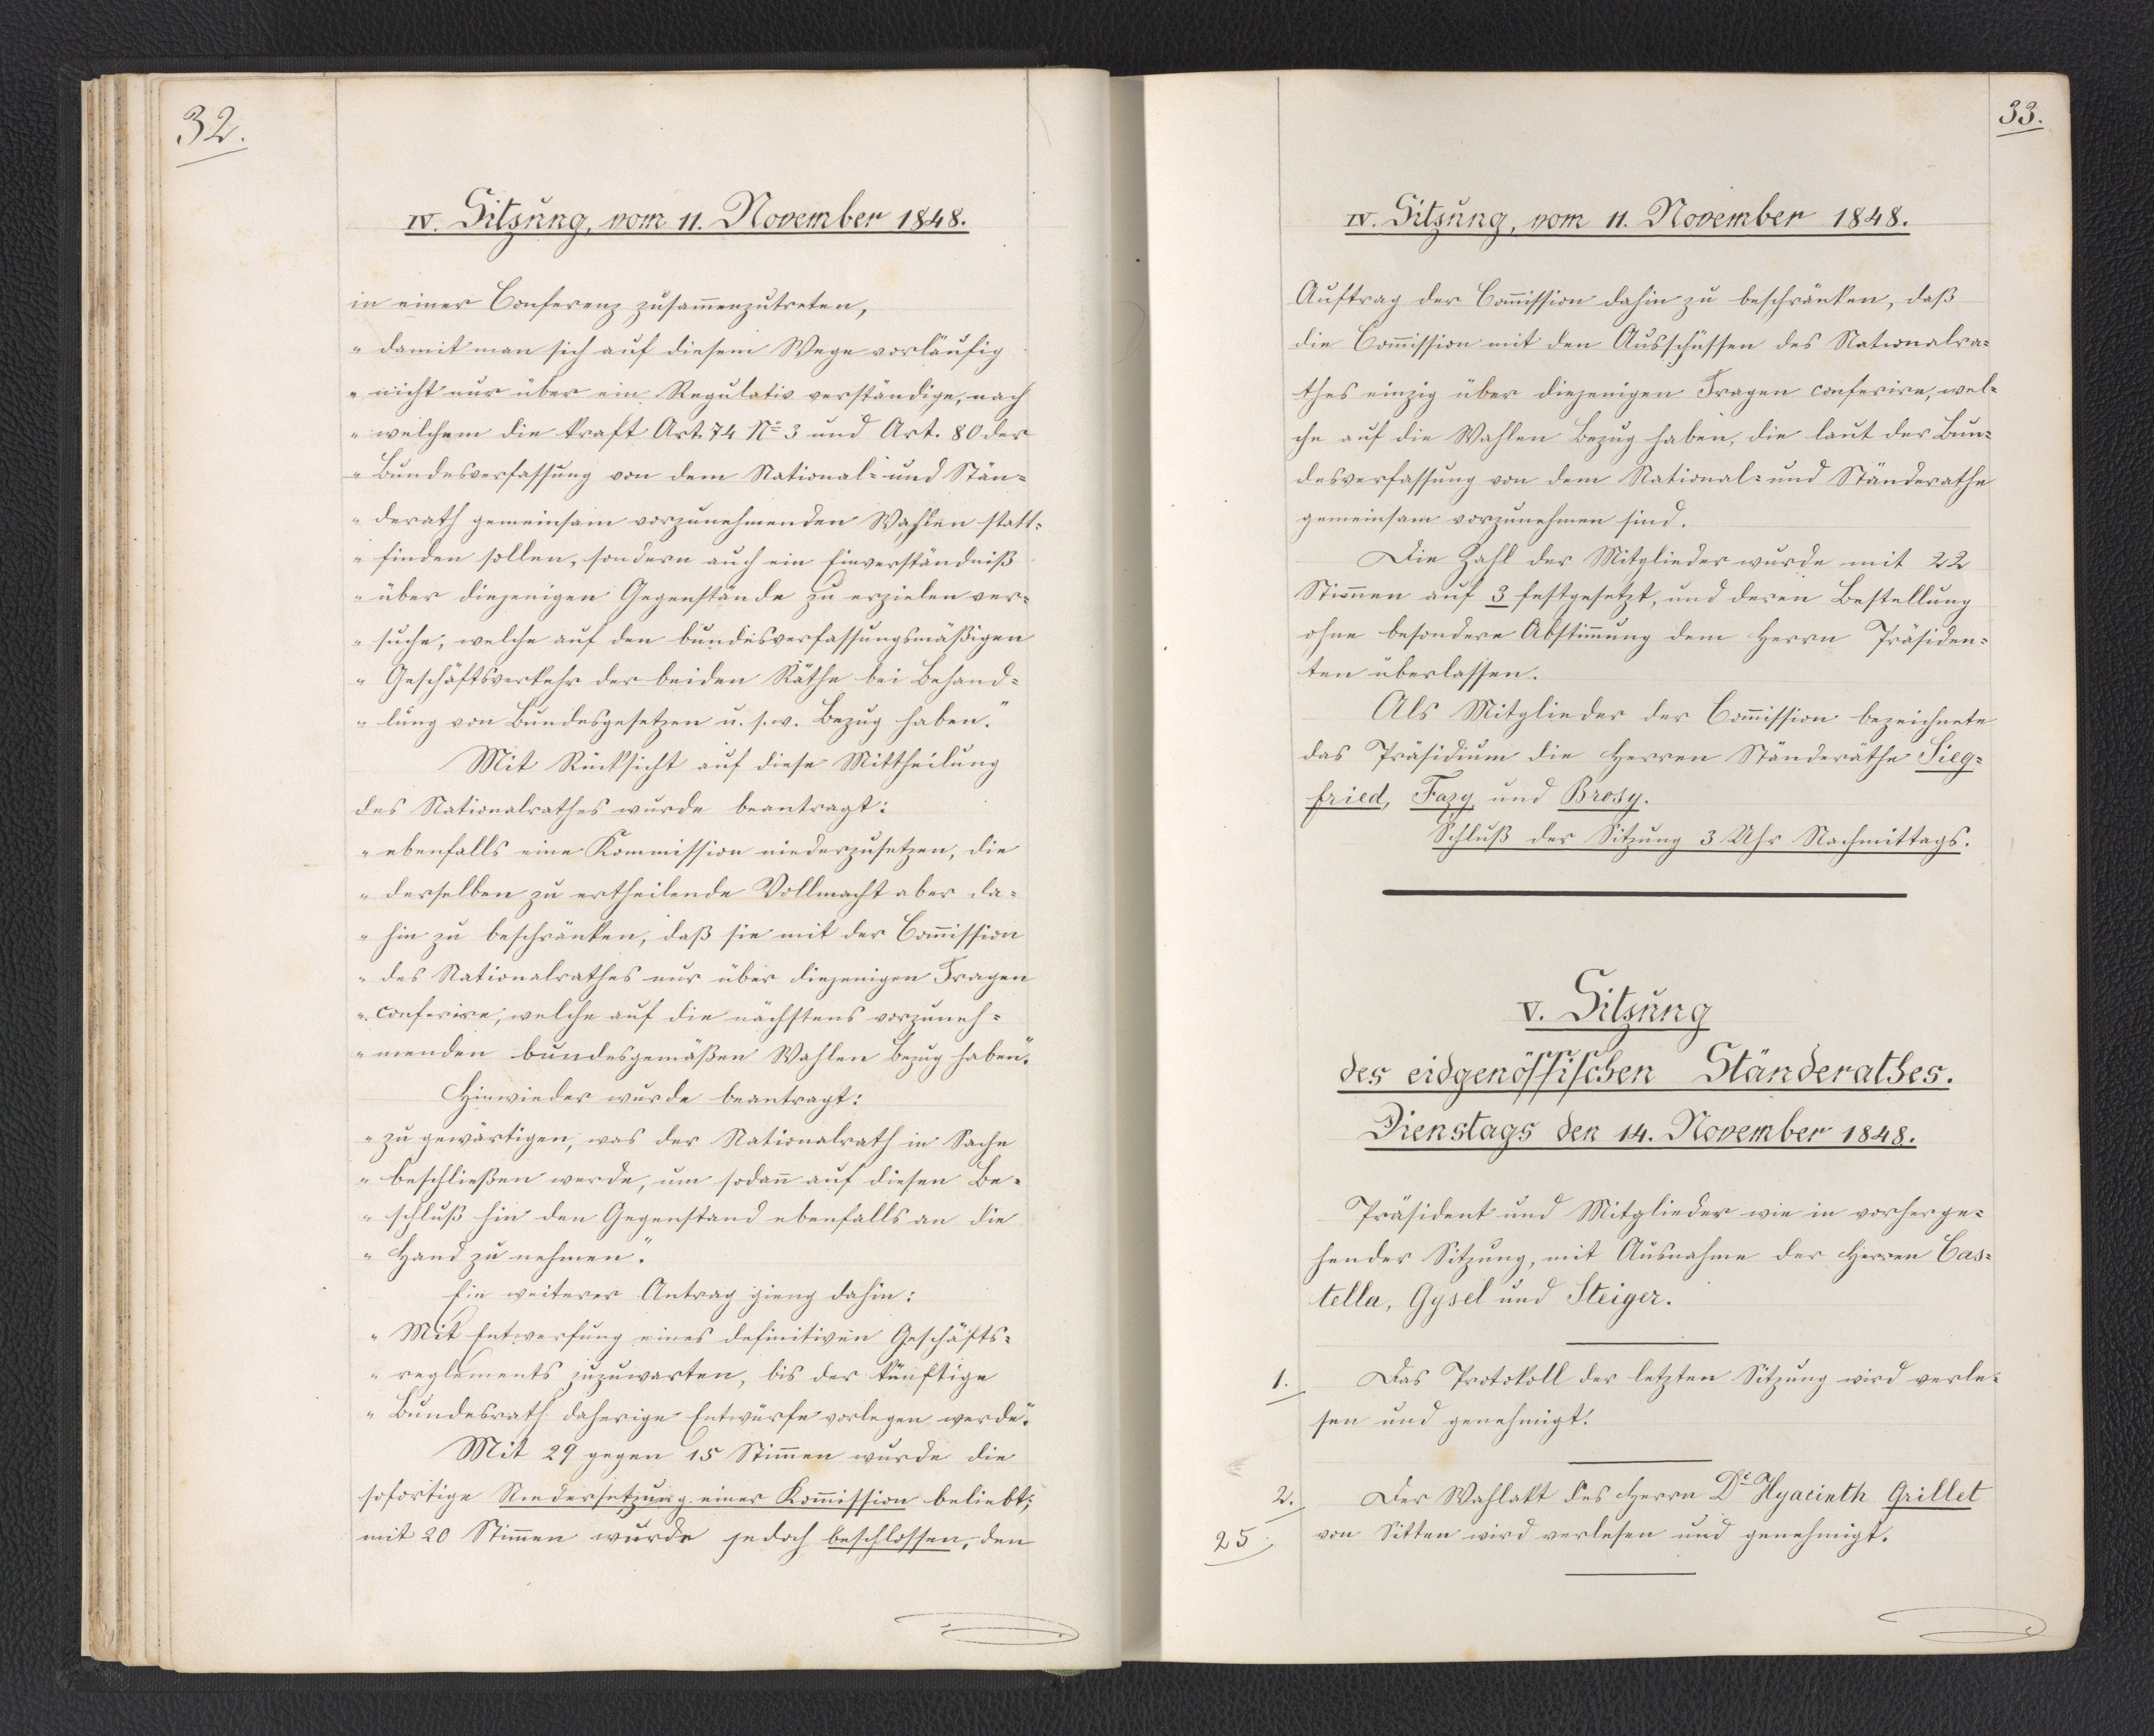
32.

IV. Sitzung, vom 11. November 1848.

in einer Conferenz zusammenzutreten,
"damit man sich auf diesem Wege vorläufig
nicht nur über ein Regulativ verständige, nach
welchem die Kraft Art. 74 No 3 und Art. 80 der
Bundesverfassung von dem National- und Stän¬
derath gemeinsam vorzunehmenden Wahlen statt¬
finden sollen, sondern auch ein Einverständniß
über diejenigen Gegenstände zu erzielen ver¬
suche, welche auf den bundesverfassungsmäßigen
Geschäftsverkehr der beiden Räthe bei Behand¬
lung von Bundesgesetzen u. s. w. Bezug haben."
Mit Rücksicht auf diese Mittheilung
des Nationalrathes wurde beantragt:
"ebenfalls eine Kommission niederzusetzen, die
derselben zu ertheilende Vollmacht aber da¬
hin zu beschränken, daß sie mit der Commission
des Nationalrathes nur über diejenigen Fragen
conferire, welche auf die nächstens vorzuneh¬
menden bundesgemäßen Wahlen Bezug haben."
Hinwieder wurde beantragt:
"zu gewärtigen, was der Nationalrath in Sache
beschließen werde, um sodann auf diesen Be¬
schluß hin den Gegenstand ebenfalls an die
Hand zu nehmen."
Ein weiterer Antrag gieng dahin:
"Mit Entwerfung eines definitiven Geschäfts¬
reglements zuzuwarten, bis der künftige
Bundesrath daherige Entwürfe vorlegen werde."
Mit 29 gegen 15 Stimmen wurde die
sofortige Niedersetzung einer Kommission beliebt;
mit 20 Stimmen wurde jedoch beschlossen, den

33.

IV. Sitzung, vom 11. November 1848.

Auftrag der Commission dahin zu beschränken, daß
die Commission mit den Ausschüssen des Nationalra¬
thes einzig über diejenigen Fragen conferire, wel¬
che auf die Wahlen Bezug haben, die laut der Bun¬
desverfassung von dem National- und Ständerathe
gemeinsam vorzunehmen sind.
Die Zahl der Mitglieder wurde mit 22
Stimmen auf 3 festgesetzt, und deren Bestellung
ohne besondere Abstimmung dem Herrn Präsiden¬
ten überlassen.
Als Mitglieder der Commission bezeichnete
das Präsidium die Herren Ständeräthe Sieg¬
Fried, Fazy, und Brosy.
Schluß der Sitzung 3 Uhr Nachmittags.